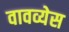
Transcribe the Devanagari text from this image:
वावव्येस